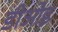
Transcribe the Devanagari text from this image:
डीओइ